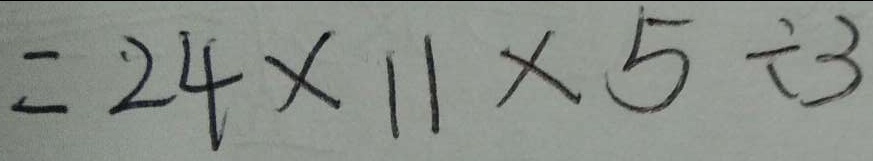
= 2 4 \times 1 1 \times 5 \div 3